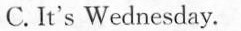
C.It's Wednesday.